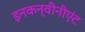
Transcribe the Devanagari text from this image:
इनकन्वीनीएंट